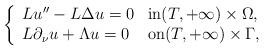
LaTeX: \begin{align*}\left\lbrace\begin{array}{lll} L u''- L \Delta u =0 & \hbox{in}(T, + \infty)\times \Omega,\\L \partial_\nu u + \Lambda u=0 & \hbox{on} (T, + \infty)\times \Gamma,\end{array}\right.\end{align*}